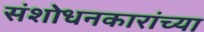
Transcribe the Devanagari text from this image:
संशोधनकारांच्या